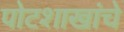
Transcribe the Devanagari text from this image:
पोटशाखांचे